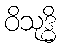
ဝိသုဒ္ဓိ